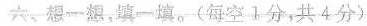
六、想一想，填-填。(每空1分，共4分)